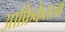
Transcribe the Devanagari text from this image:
आफ्रिकेतला